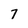
Character: 7